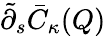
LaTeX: \tilde{\partial}_{s}\bar{C}_{\kappa}(Q)